Kures,_Voldemar, lk 51
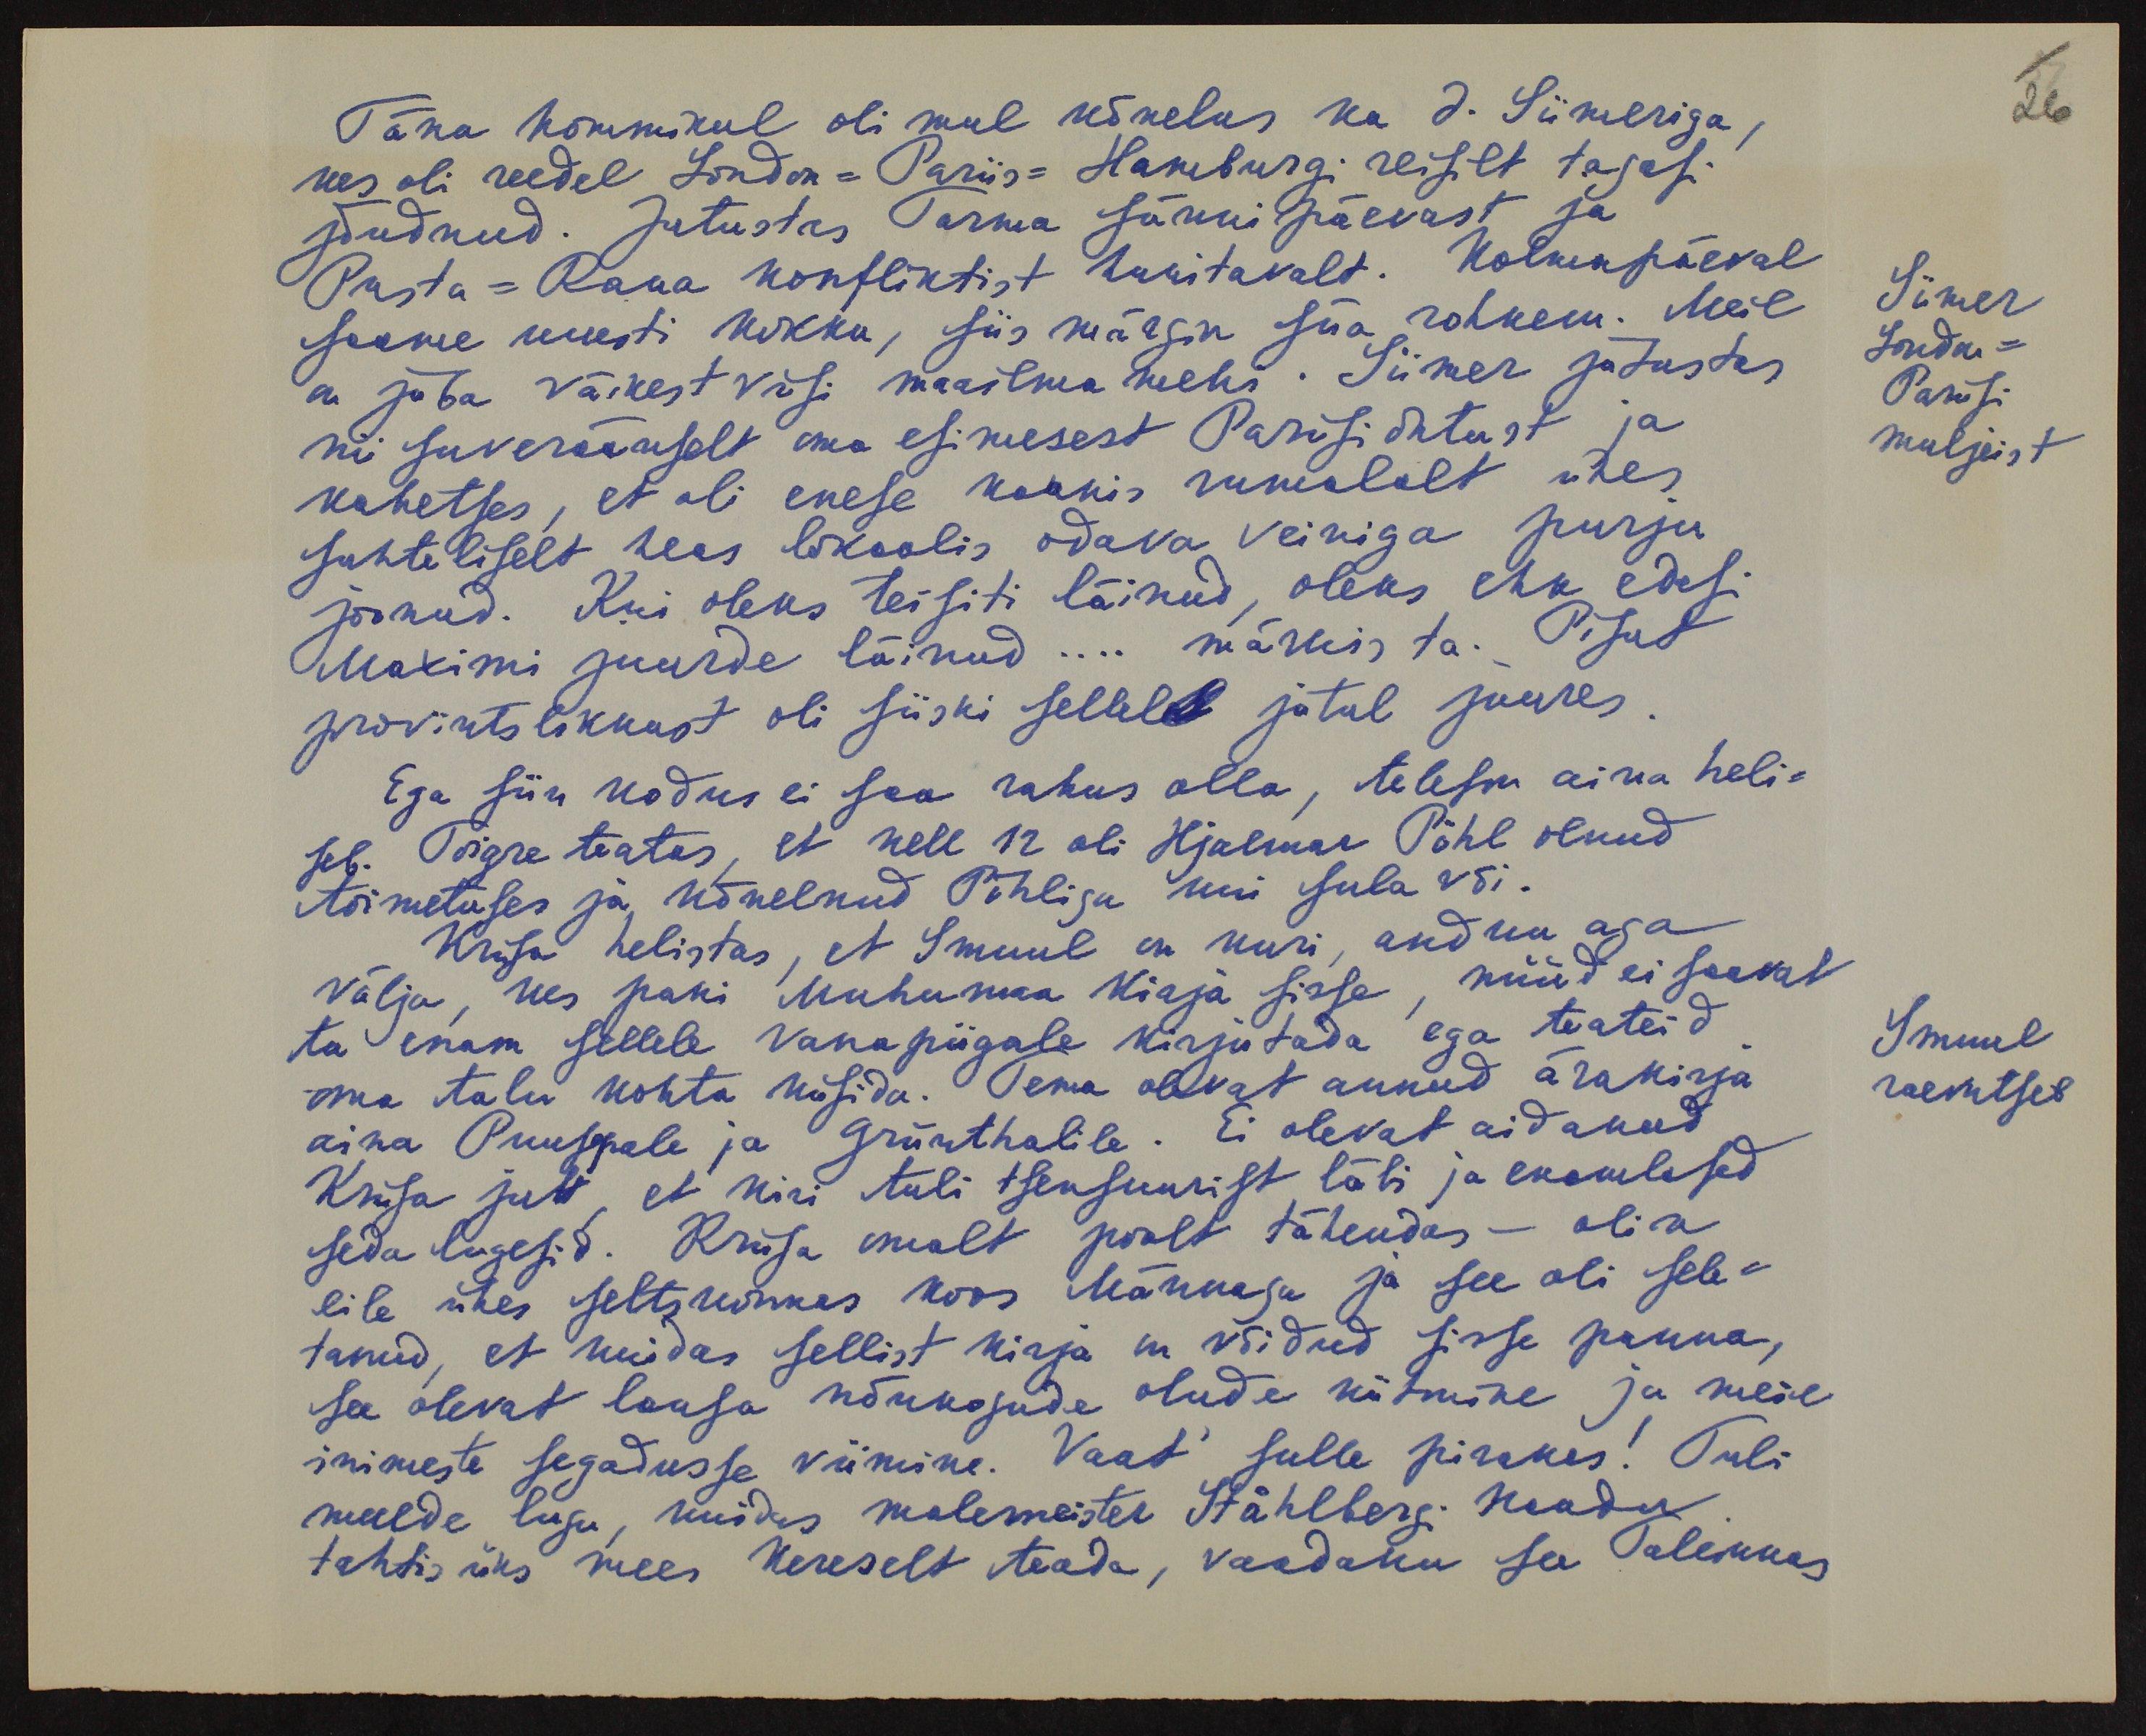
Täna hommikul oli mul kõnelus ka J. Siimeriga,
kes oli reedel London-Pariis-Hamburgi reisilt tagasi
jõudnud. Jutustas Tarmo sünni päevast ja
Pusta-Raua konfliktist huvitavalt. Kolmapäeval
saame uuesti kokku, siis märgin siia rohkem. Meil
on juba väikest viisi maailma mehi. Siimer jutustas
nii suveräänselt oma esimesest Pariisi õhtust ja
kahetses, et oli enese kaunis rumalalt ühes
suhteliselt heas lokaalis odava veiniga purju
joonud. Kui oleks teisiti läinud, oleks ehk edasi
Maximi juurde läinud... märkis ta. Pisut
provintslikkust oli siiski sellel jutul juures.
Ega siin kodus ei saa rahus olla, telefon aina heli-
seb. Toigre teatas, et kell 12 oli Hjalmar Pöhl olnud
toimetuses ja kõnelnud Pöhliga kui sula või.
Krusa helistas, et Smuul on kuri, andku aga
välja, kes pani Muhumaa kirja sisse, nüüd ei saavat
ta enam sellele vana piigale kirjutada ega teateid
oma talu kohta küsida. Tema olevat annud ärakirja
aina Puusepale ja Grünthalile. Ei olevat aidanud
Kriisa jutt, et kiri tuli tsensuurist läbi ja enamlased
seda lugesid. Kriisa omalt poolt tähendas - olin
eile ühes seltskonnas koos Männaga ja see oli sele-
tanud, et kuidas sellist kirja on võidud sisse panna,
see olevat lausa nõukogude olude kiitmine ja meie
inimeste segadusse viimine. Vaat' sulle pirakas! Tuli
meelde lugu, kuidas malemeister Ståhlbergi kaudu
tahtis üks mees Kereselt teada, vaadaku see Tallinnas

26
Siimer
London-
Pariisi
muljeist
Smuul
raevutseb